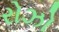
રોઝો